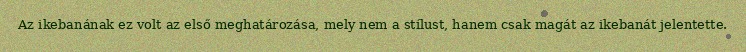
Az ikebanának ez volt az első meghatározása, mely nem a stílust, hanem csak magát az ikebanát jelentette.